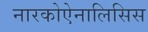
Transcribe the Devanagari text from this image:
नारकोऐनालिसिस